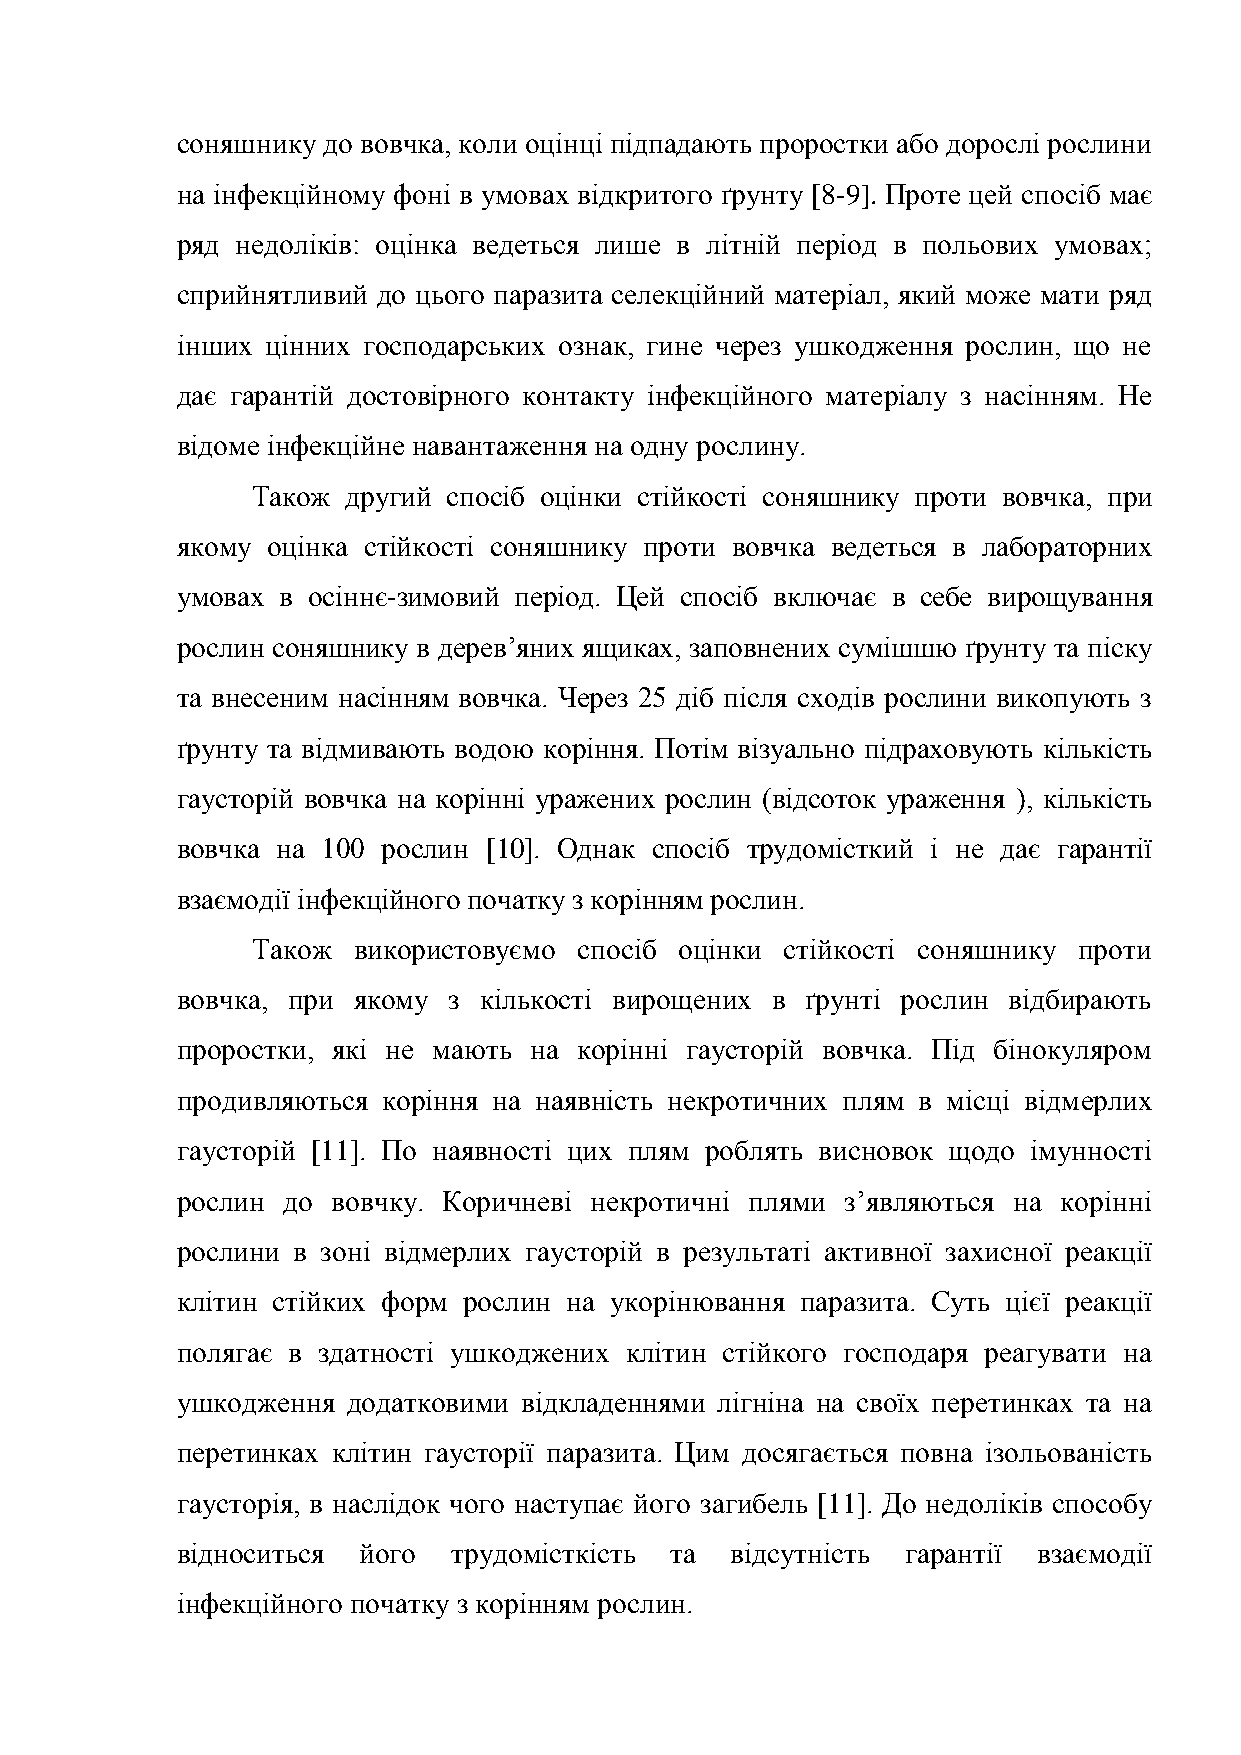
соняшнику до вовчка, коли оцінці підпадають проростки або дорослі рослини
 на інфекційному фоні в умовах відкритого ґрунту [8-9]. Проте цей спосіб має
 ряд недоліків: оцінка ведеться лише в літній період в польових умовах;
 сприйнятливий до цього паразита селекційний матеріал, який може мати ряд
 інших цінних господарських ознак, гине через ушкодження рослин, що не
 дає гарантій достовірного контакту інфекційного матеріалу з насінням. Не
 відоме інфекційне навантаження на одну рослину.
 Також другий спосіб оцінки стійкості соняшнику проти вовчка, при
 якому оцінка стійкості соняшнику проти вовчка ведеться в лабораторних
 умовах в осіннє-зимовий період. Цей спосіб включає в себе вирощування
 рослин соняшнику в дерев’яних ящиках, заповнених сумішшю ґрунту та піску
 та внесеним насінням вовчка. Через 25 діб після сходів рослини викопують з
 ґрунту та відмивають водою коріння. Потім візуально підраховують кількість
 гаусторій вовчка на корінні уражених рослин (відсоток ураження ), кількість
 вовчка на 100 рослин [10]. Однак спосіб трудомісткий і не дає гарантії
 взаємодії інфекційного початку з корінням рослин.
 Також використовуємо спосіб оцінки стійкості соняшнику проти
 вовчка, при якому з кількості вирощених в ґрунті рослин відбирають
 проростки, які не мають на корінні гаусторій вовчка. Під бінокуляром
 продивляються коріння на наявність некротичних плям в місці відмерлих
 гаусторій [11]. По наявності цих плям роблять висновок щодо імунності
 рослин до вовчку. Коричневі некротичні плями з’являються на корінні
 рослини в зоні відмерлих гаусторій в результаті активної захисної реакції
 клітин стійких форм рослин на укорінювання паразита. Суть цієї реакції
 полягає в здатності ушкоджених клітин стійкого господаря реагувати на
 ушкодження додатковими відкладеннями лігніна на своїх перетинках та на
 перетинках клітин гаусторії паразита. Цим досягається повна ізольованість
 гаусторія, в наслідок чого наступає його загибель [11]. До недоліків способу
 відноситься його  трудомісткість та відсутність гарантії взаємодії
 інфекційного початку з корінням рослин.